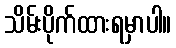
သိမ်းပိုက်ထားရမှာပါ။